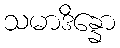
သမာဒိန္နော